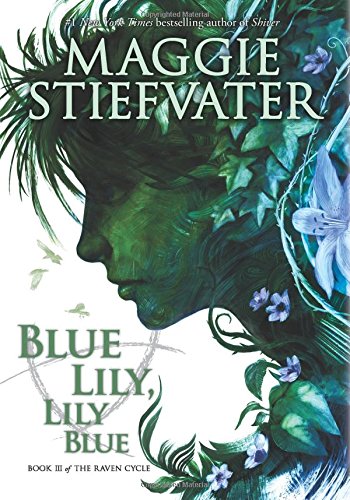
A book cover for The Raven Cycle #3: Blue Lily, Lily Blue; Maggie Stiefvater; Teen & Young Adult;